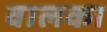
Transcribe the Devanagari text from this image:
वालका